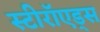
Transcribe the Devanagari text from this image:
स्टीरॉएड्स